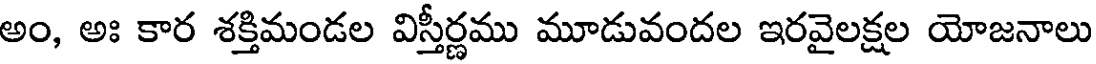
అం, అః కార శక్తిమండల విస్తీర్ణము మూడువందల ఇరవైలక్షల యోజనాలు